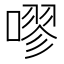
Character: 嘐